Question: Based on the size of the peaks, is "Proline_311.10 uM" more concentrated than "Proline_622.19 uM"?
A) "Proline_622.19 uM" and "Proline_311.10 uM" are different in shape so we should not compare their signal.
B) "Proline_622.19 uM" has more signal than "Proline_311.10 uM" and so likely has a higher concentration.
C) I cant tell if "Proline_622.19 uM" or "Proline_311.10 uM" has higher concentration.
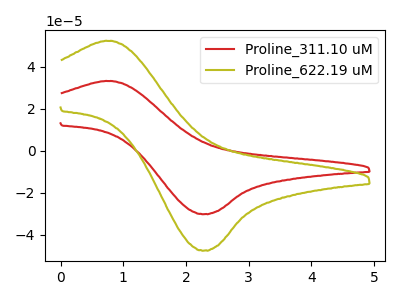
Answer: <think>The red curve "Proline_311.10 uM" has an anodic peak at (0.75V, 33.25uA) and a cathodic peak at (2.30V, -30.20uA). The olive curve "Proline_622.19 uM" has an anodic peak at (0.75V, 52.35uA) and a cathodic peak at (2.30V, -47.55uA).
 All the peaks in "Proline_622.19 uM" have a peak in "Proline_311.10 uM" at the same potential. Every peak in "Proline_622.19 uM" is higher than every peak in "Proline_311.10 uM".</think>
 <answer>B) "Proline_622.19 uM" has more signal than "Proline_311.10 uM" and so likely has a higher concentration.</answer>
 <eval>B</eval>